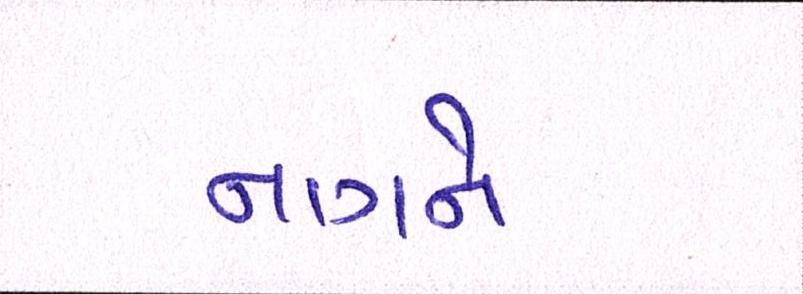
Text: નાગને